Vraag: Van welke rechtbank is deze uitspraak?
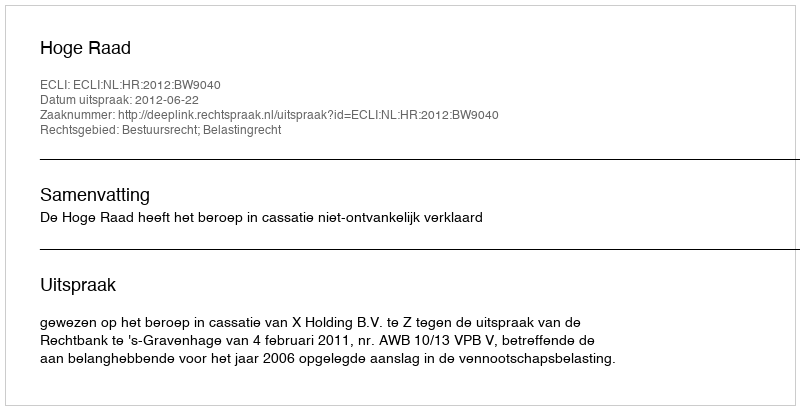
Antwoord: Hoge Raad